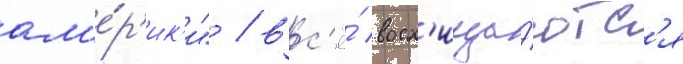
ам'е́р'ик'и" / вс'ё́ восх'ища́ютс'я